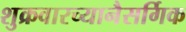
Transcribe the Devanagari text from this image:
शुक्रवारच्यानैसर्गिक